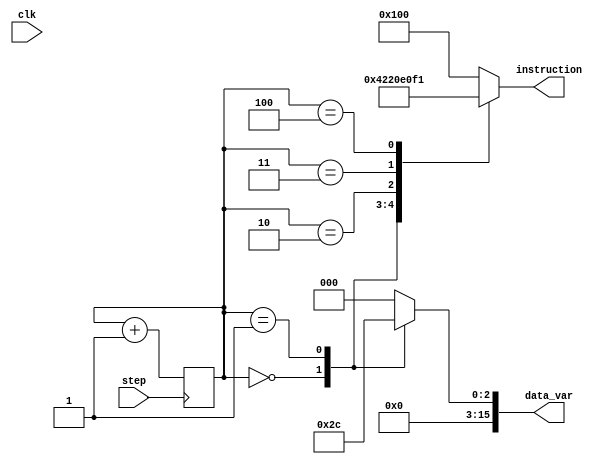
module ROM_p1(step, instruction, data_var, clk);
	//input [7:0] read_address; // In total, the ROM can store 256 instructions.
	input step, clk;
	output reg [15:0] data_var;
	output reg [8:0] instruction;

	reg [7:0] read_address;

	initial begin
		read_address = 8'b00000000;
	end

	always @ (posedge step) begin
		read_address = read_address + 1;
	end

	always @ (read_address) begin
		case(read_address)
			// load r0, 5
			8'b00000000: begin instruction = 9'b000000000; data_var = 16'b0000000000000101; end 

			// load r1, 4
			8'b00000001: begin instruction = 9'b000001000; data_var = 16'b0000000000000100; end

			// add r1, r0
			8'b00000010: begin instruction = 9'b010001000; data_var = 16'b0000000000000000; end

			// move r6, r0
			8'b00000011: begin instruction = 9'b001110000; data_var = 16'b0000000000000000; end

			// xor r6, r1
			8'b00000100: begin instruction = 9'b011110001; data_var = 16'b0000000000000000; end

			// Terminate
			8'b00000101: begin instruction = 9'b100000000; data_var = 16'b0000000000000000; end
			default: begin instruction = 9'b100000000; data_var = 16'b0000000000000000; end
		endcase
	end
endmodule